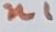
Text: n1